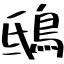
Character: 鴟